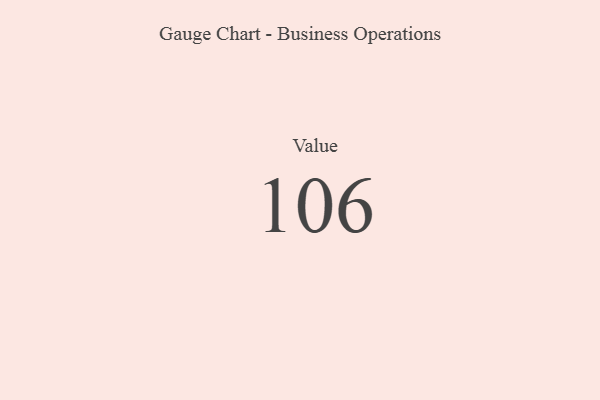
{"axis": {"x": "Metric", "y": "Value"}, "legend": [""], "data": [{"x": "Value", "y": 106, "type": ""}]}